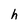
Character: h